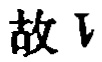
故 \(V\)